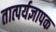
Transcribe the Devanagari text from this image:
तात्पर्यज्ञापक